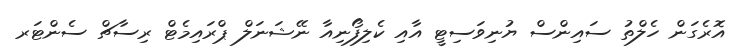
އޮރެގަން ހެލްތު ސައިންސް ޔުނިވަސިޓީ އާއި ކެލިފޯނިއާ ނޭޝަނަލް ޕްރައިމެޓް ރިސާޗް ސެންޓަރ